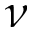
\nu